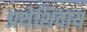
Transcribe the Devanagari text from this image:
प्रथेशिवाय